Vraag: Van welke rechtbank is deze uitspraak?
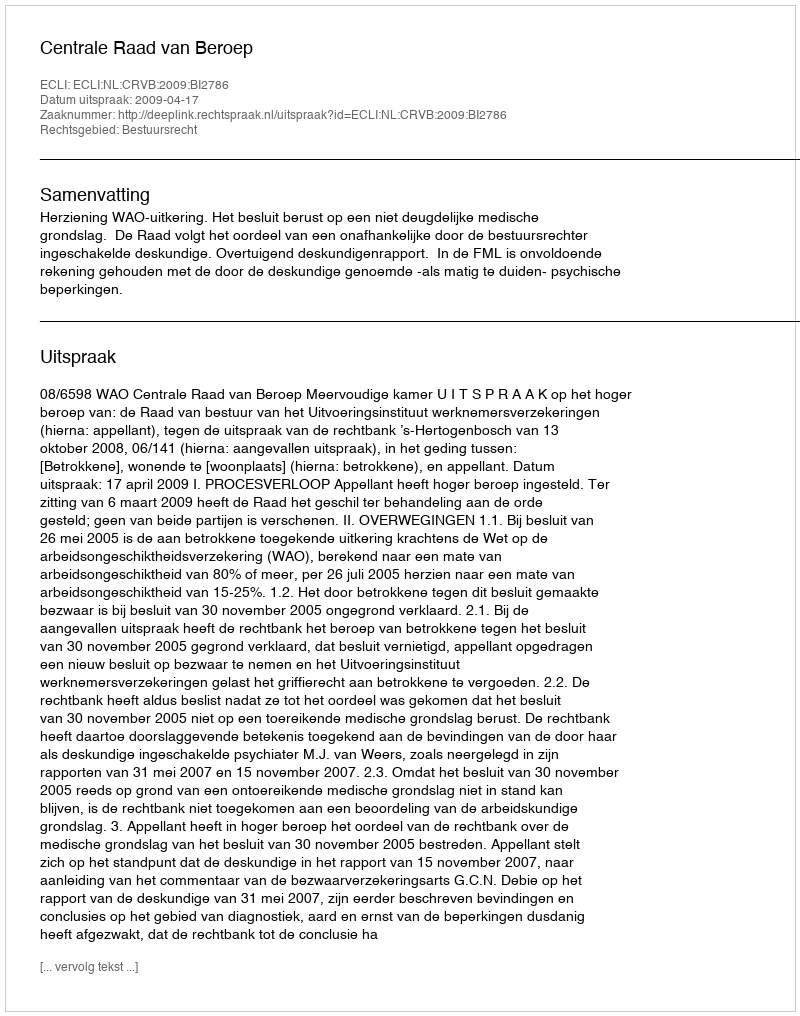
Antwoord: Centrale Raad van Beroep